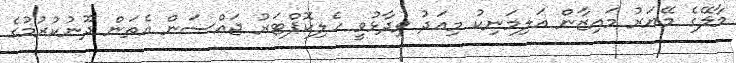
މާލޭގެ މޭޔަރު މައިޒާން އަލިމަނިކު މިއަދު ވިދާޅުވީ ހެލިކޮޕްޓަރު ޖައްސަން އެތަން ދޫނުކުރުމުގެ